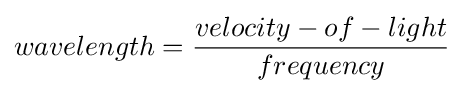
wavelength={\frac {velocity-of-light}{frequency}}